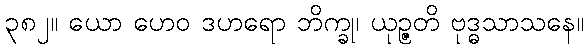
၃၈၂။ ယော ဟေဝ ဒဟရော ဘိက္ခု၊ ယုဉ္ဇတိ ဗုဒ္ဓသာသနေ။